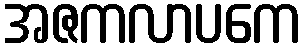
အဇကလာပကေ